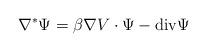
LaTeX: \begin{align*} \nabla^*\Psi=\beta \nabla V \cdot \Psi - \mbox{div}\Psi \end{align*}